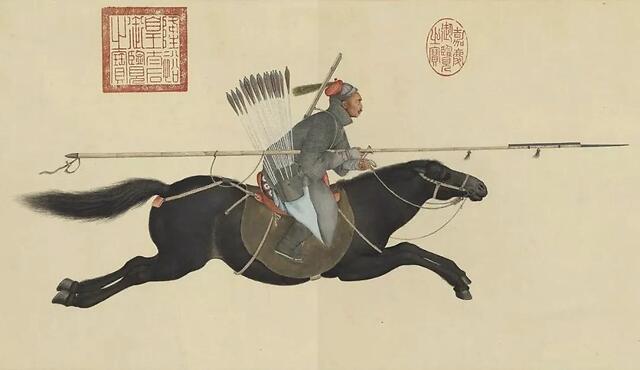
乘我大宛马，抚我繁弱弓。